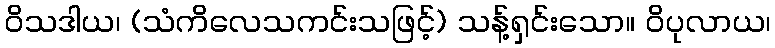
ဝိသဒါယ၊ (သံကိလေသကင်းသဖြင့်) သန့်ရှင်းသော။ ဝိပုလာယ၊